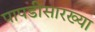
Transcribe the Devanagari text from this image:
पापडीसारख्या